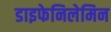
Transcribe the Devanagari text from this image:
डाइफेनिलेमिन